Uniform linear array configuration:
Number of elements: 24
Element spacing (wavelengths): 0.25
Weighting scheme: hann
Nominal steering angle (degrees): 30
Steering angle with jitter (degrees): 29.607
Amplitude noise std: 0.05
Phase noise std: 0.05

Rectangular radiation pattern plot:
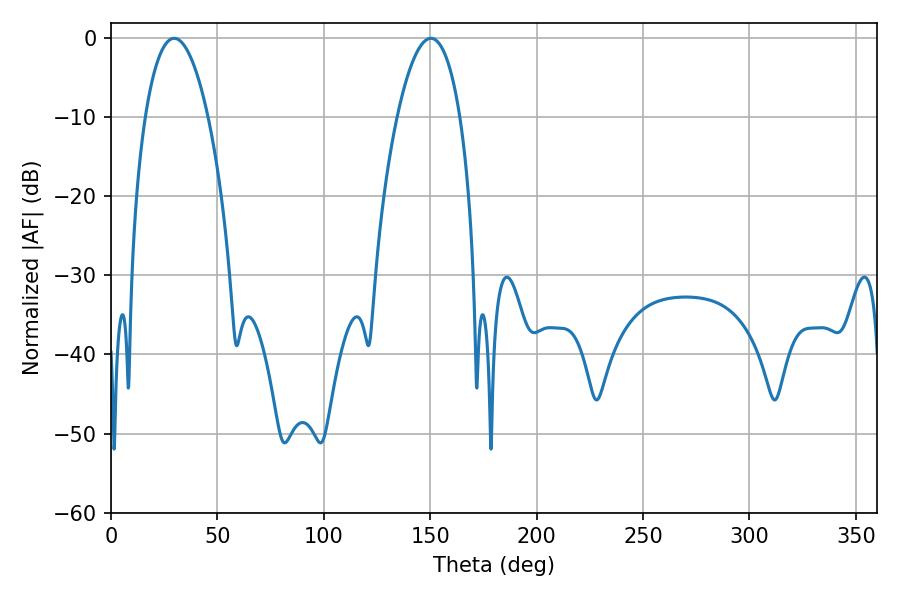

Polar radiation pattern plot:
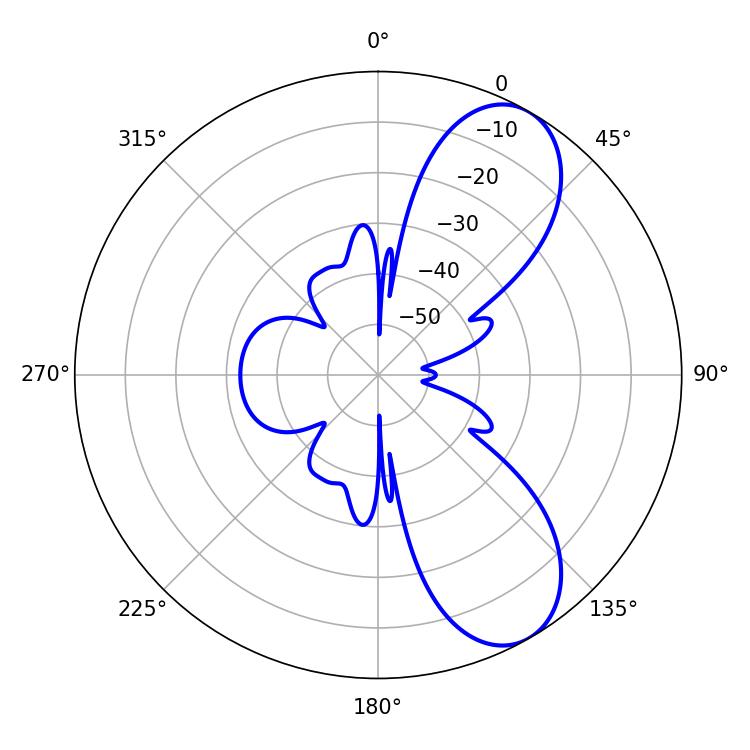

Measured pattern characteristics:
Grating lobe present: FALSE
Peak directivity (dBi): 8.155
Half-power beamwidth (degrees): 16.56
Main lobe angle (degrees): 29.7